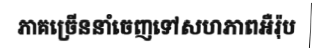
ភាគច្រើននាំចេញទៅសហភាពអឺរ៉ុប